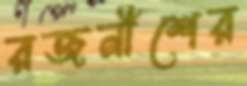
রজনীশের